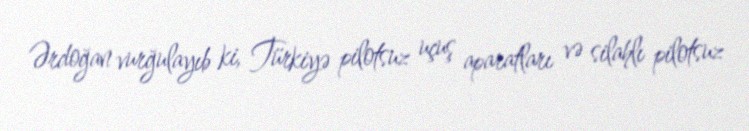
Ərdoğan vurğulayıb ki, Türkiyə pilotsuz uçuş aparatları və silahlı pilotsuz